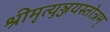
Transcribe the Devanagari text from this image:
श्रीमृत्युञ्जयस्तोत्रम्